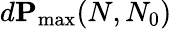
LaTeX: d\mathbf{P}_{\operatorname*{max}}(N,N_{0})